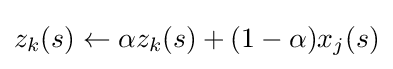
z_{k}(s)\leftarrow \alpha z_{k}(s)+(1-\alpha )x_{j}(s)